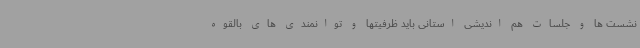
نشست ها و جلسات هم اندیشی استانی باید ظرفیتها و توانمندی های بالقوه